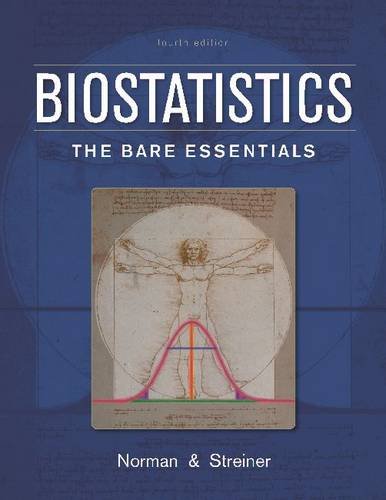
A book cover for Biostatistics: The Bare Essentials; Geoffrey R. Norman; Medical Books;